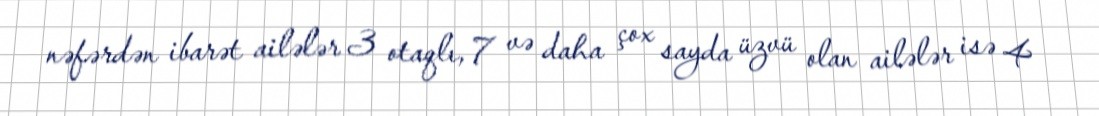
nəfərdən ibarət ailələr 3 otaqlı, 7 və daha çox sayda üzvü olan ailələr isə 4